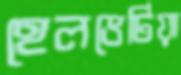
হেলভেটিয়া